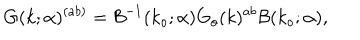
LaTeX: G ( k ; \alpha ) ^ { ( a b ) } = { \cal B } ^ { - 1 } ( k _ { o } ; \alpha ) G _ { o } ( k ) ^ { a b } { \cal B } ( k _ { o } ; \alpha ) ,